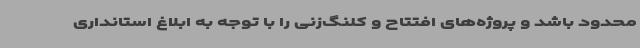
محدود باشد و پروژه‌های افتتاح و کلنگ‌زنی را با توجه به ابلاغ استانداری